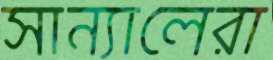
সান্যালেরা